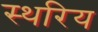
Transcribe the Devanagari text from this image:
स्थरिय